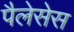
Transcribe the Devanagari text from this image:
पैलेसेस